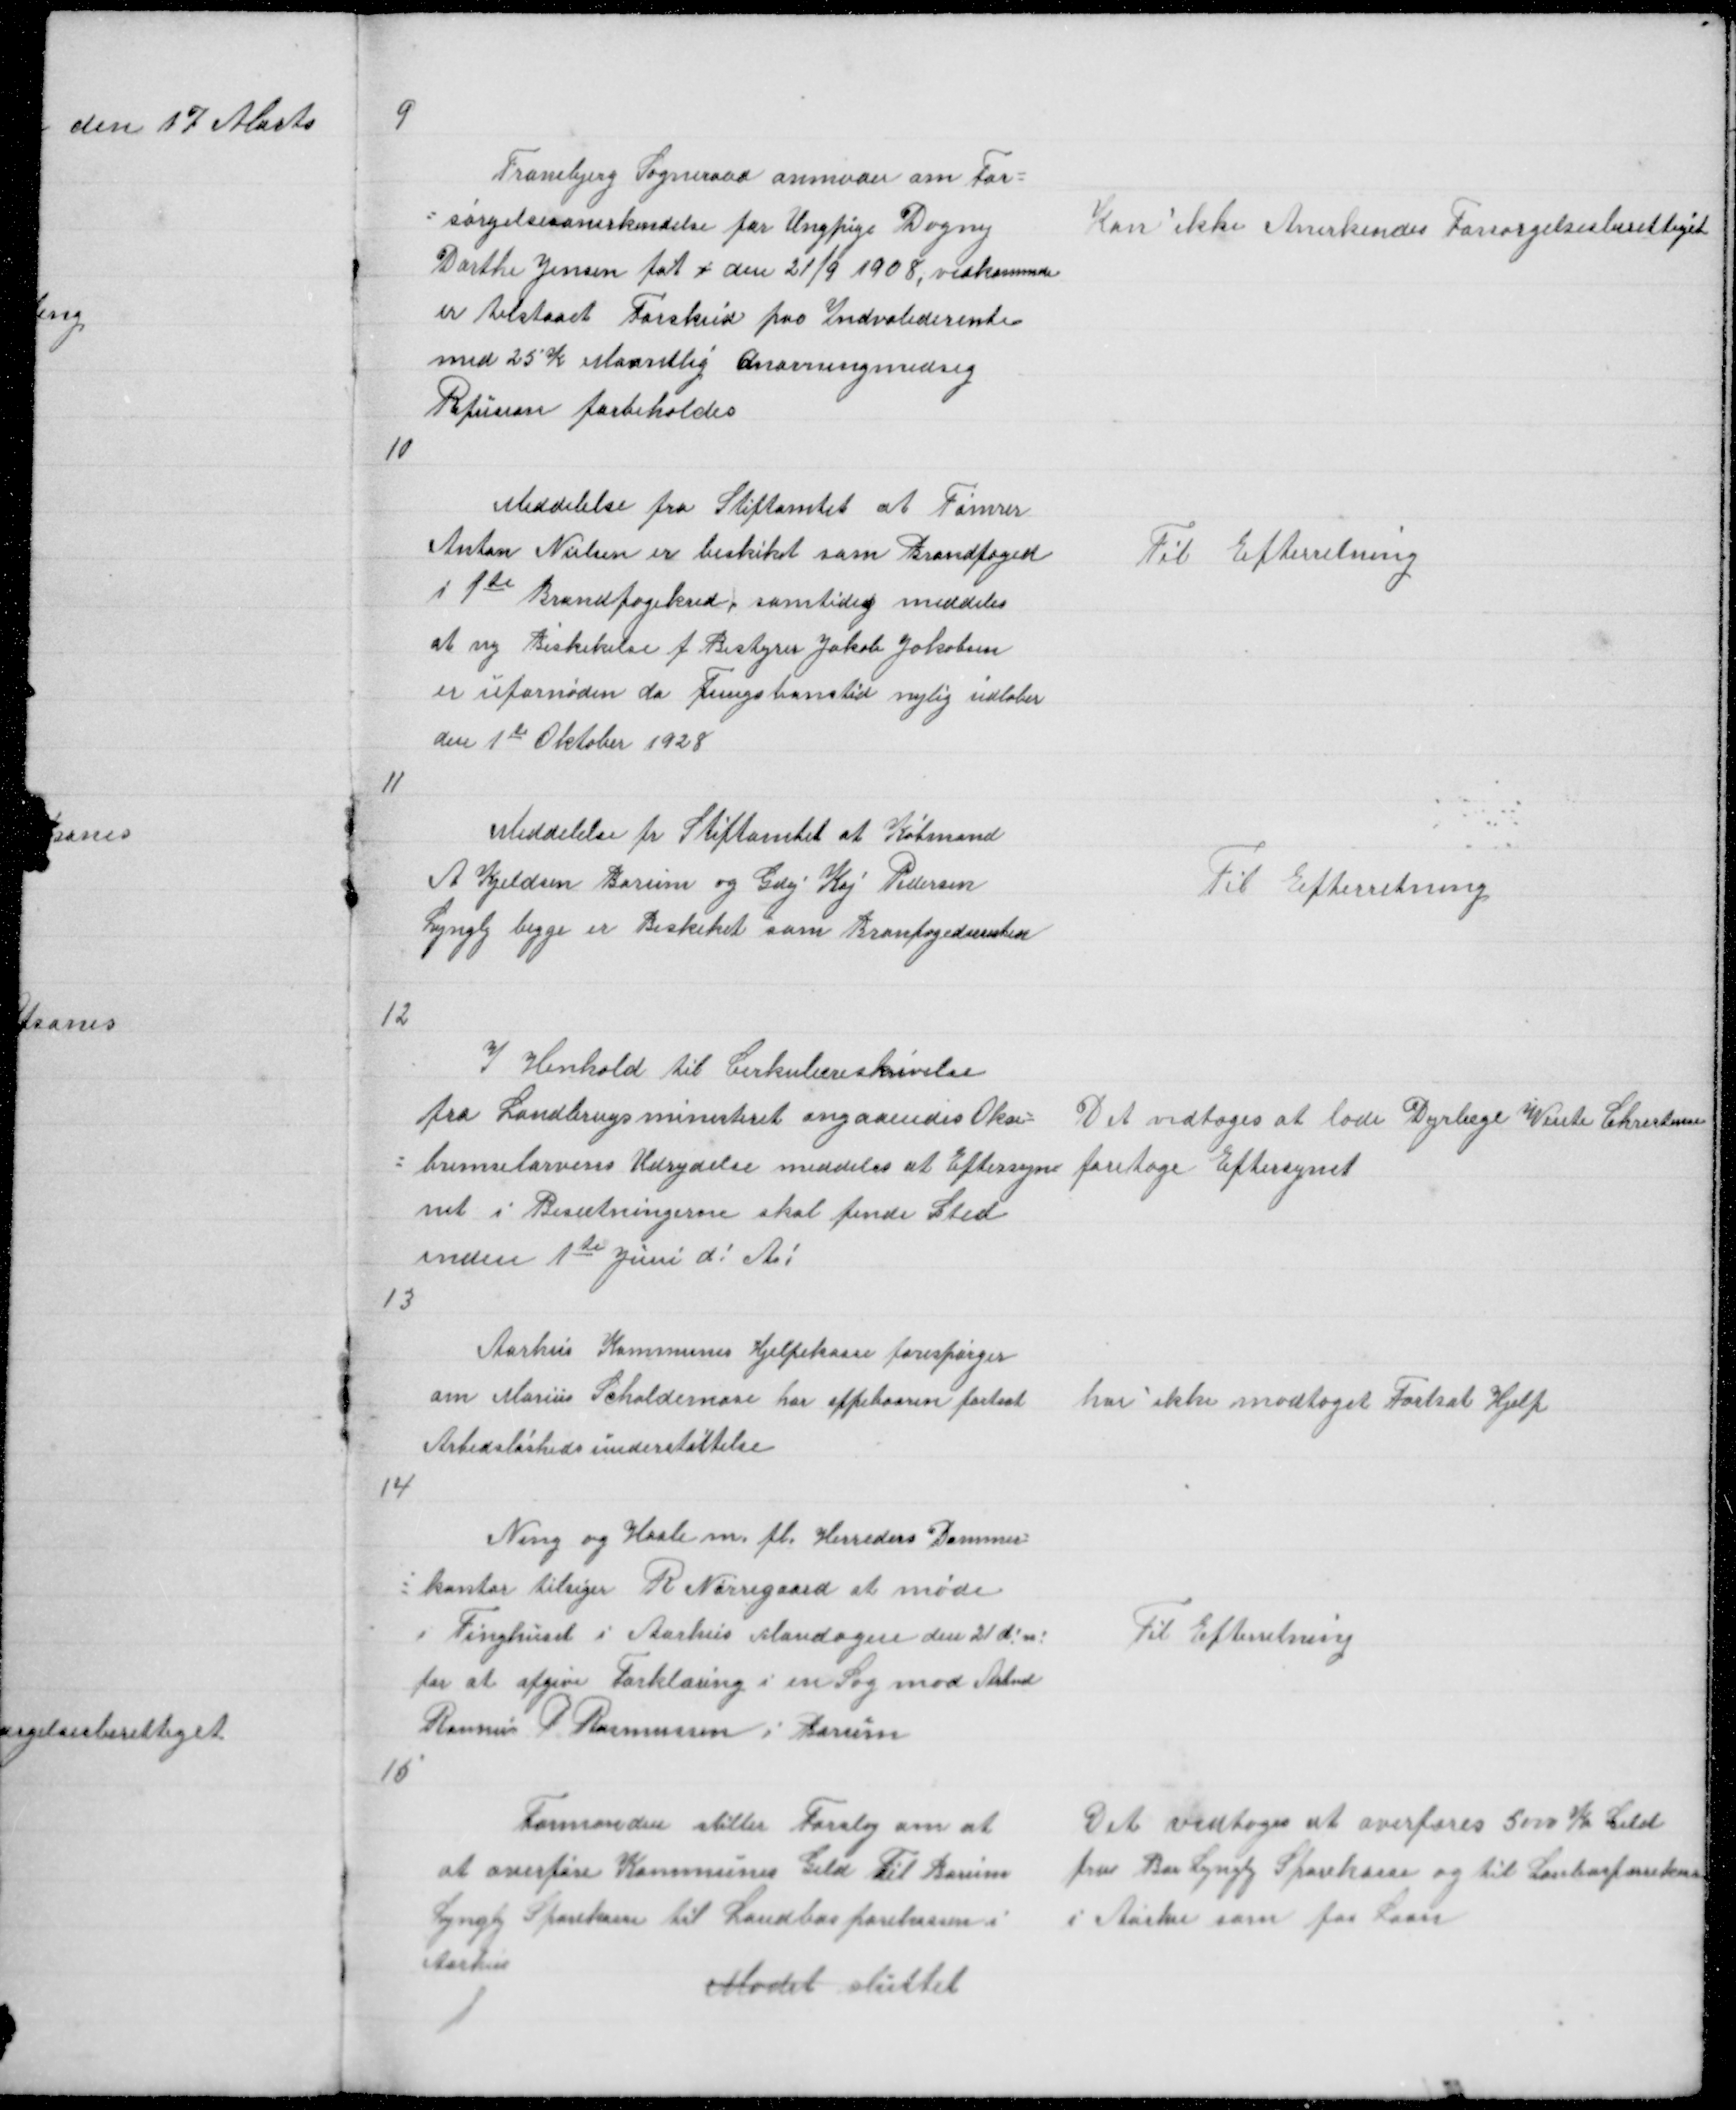
Transskription:
9

Tranebjerg Sogneraad anmoder om For =
= sørgelsesanerkendelse for Ungpige Dagny
Dorthe Jensen føt i den 21/9 1908 , vedkommende
er tilstaaet Forskud paa Indvaliderente
med 25 K Maantlig Anorningsmesdig
Refusion forbeholdes

Kan ikke Anerkendes Forsørgelsesberettiget

10

Meddelelse fra Stiftamtet at Tømrer
Anton Nielsen er beskiket som Brandfoged
i 1teBrandfogedkred, samtidig meddeles
at ny Beskikelse f Bestyrer Jakob Jakobsen
er ufornøden da Fungstionstid nylig udløber
den 1te Oktober 1928

Til Efterretning

11

Meddelelse fr Stiftamtet at Købmand
A Kjeldsen Borum og Gdej Kaj Pedersen
Lyngby begge er Beskiket som Brandfoged

Til Efterretning

12

I Henhold til Cirkulæreskrivelse
fra Landbrugsministeriet angaaendes Okse =
= bremselarvens Udrydelse meddeles at Eftersyn
net i Besætningerne skal finde Sted
inden 1te Juni d! Aa!
13

Det vedtoges at lade Dyrlæge Vinte Christensen
foretage Eftersynet

Aarhus Kommunes Hjelpekasse forespørger
om Marius Schaldemose har oppebaaren fortsat
Arbedsløshedsunderstøttelse

Har ikke modtaget fortsat Hjelp

14

Ning og Hasles m. fl. Herreders Dommer =
= kontoer tilsiger R Nørregaard at møde
i Tinghuset i Aarhus Mandagen den 21 d! n!
for at afgive Forklaring i en Sag mod Arbmd
Rasmus P Rasmussen i Borum

Til Efterretning

15

Formanden stiller Forslag om at
at overføre Kommunens Geld til Borum
Lyngby Sparekasse til Landbosparekassen i
Aarhus
Mødet sluttet

Det vedtoges at overføre 5000 K Geld
fra Bor Lyngby Sparekasse og til Lanbosparekassen
i Aarhus som fas Laan